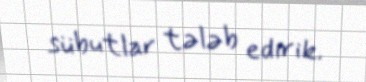
sübutlar tələb edirik.